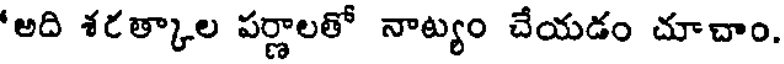
'అది శరత్కాల పర్ణాలతో నాట్యం చేయడం చూచాం.